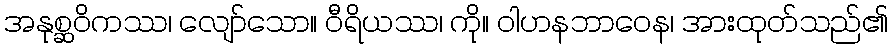
အနုစ္ဆဝိကဿ၊ လျော်သော။ ဝီရိယဿ၊ ကို။ ဝါဟနဘာဝေန၊ အားထုတ်သည်၏